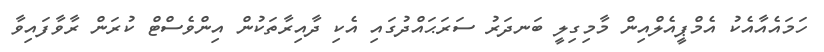
ހަމައެއާއެކު އެމްޕީއެލްއިން މާމިގިލީ ބަނދަރު ސަރަޙައްދުގައި އެކި ދާއިރާތަކުން އިންވެސްޓް ކުރަން ރާވާފައިވާ